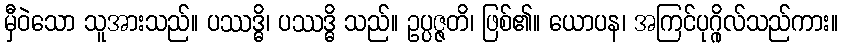
မှီဝဲသော သူအားသည်။ ပဿဒ္ဓိ၊ ပဿဒ္ဓိ သည်။ ဥပ္ပဇ္ဇတိ၊ ဖြစ်၏။ ယောပန၊ အကြင်ပုဂ္ဂိုလ်သည်ကား။